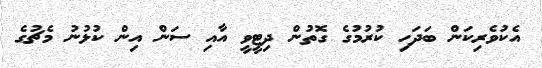
އެކުވެރިކަން ބަދަހި ކުރުމުގެ ގޮތުން ދިޓީވީ އާއި ސަން އިން ކުޅުނު މެޗުގެ